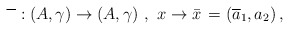
\begin{align*}\,\,\,\overline{\phantom{x}}:\left( A,\gamma \right) \rightarrow \left(A,\gamma \right) \,,\,\,x\rightarrow \bar{x}\,=\left( \overline{a}_{1},a_{2}\right) , \end{align*}